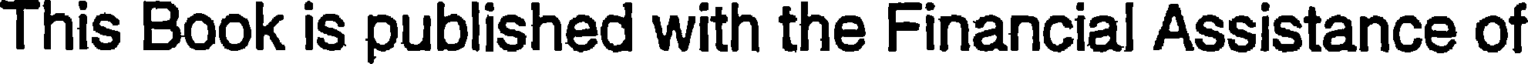
This Book is published with the Financial Assistance of